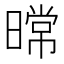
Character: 𰖤